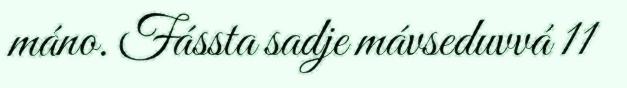
máno. Fássta sadje mávseduvvá 11